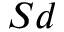
S d